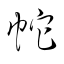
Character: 蛇